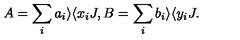
A = \sum _ { i } a _ { i } \rangle \langle x _ { i } J , B = \sum _ { i } b _ { i } \rangle \langle y _ { i } J .